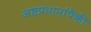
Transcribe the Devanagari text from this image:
अष्टप्रधानांपैकी